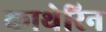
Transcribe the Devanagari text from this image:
काथेरिन